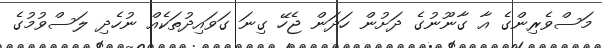
މަސްވެރިންގެ އާ ގާނޫނުގެ ދަށުން ހަދަން ޖެހޭ ގިނަ ގަވައިދުތަކެއް ނުހެދި ލަސްވުމުގެ